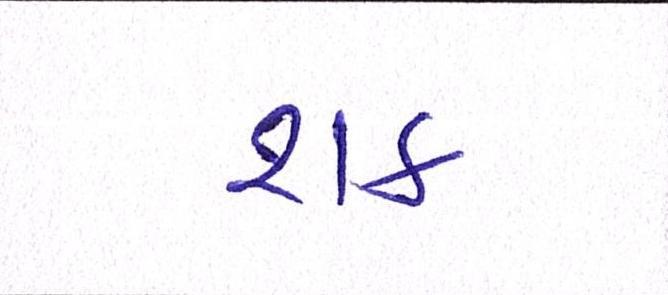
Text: શક